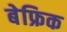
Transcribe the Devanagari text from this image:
बेफ्रिक